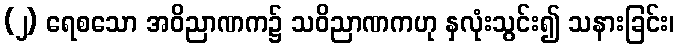
(၂) ရေစသော အဝိညာဏက၌ သဝိညာဏကဟု နှလုံးသွင်း၍ သနားခြင်း၊